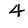
Digit: 4